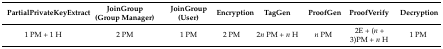
<table><thead><tr><td><b>PartialPrivateKeyExtract</b></td><td><b>JoinGroup (Group Manager)</b></td><td><b>JoinGroup (User)</b></td><td><b>Encryption</b></td><td><b>TagGen</b></td><td><b>ProofGen</b></td><td><b>ProofVerify</b></td><td><b>Decryption</b></td></tr></thead><tbody><tr><td>1 PM + 1 H</td><td>2 PM</td><td>1 PM</td><td>2 PM</td><td>2<i>n</i> PM + <i>n</i> H</td><td><i>n</i> PM</td><td>2E + (<i>n</i> + 3) PM + <i>n</i> H</td><td>1 PM</td></tr></tbody></table>